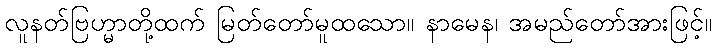
လူနတ်ဗြဟ္မာတို့ထက် မြတ်တော်မူထသော။ နာမေန၊ အမည်တော်အားဖြင့်။